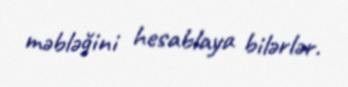
məbləğini hesablaya bilərlər.